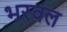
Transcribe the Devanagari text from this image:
भरवल